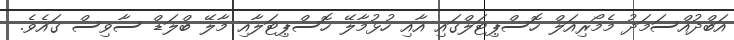
އަބްދުއްސަމަދު މެމޯރިއަލް ހޮސްޕިޓަލްގައި އާއި ހުޅުމާލޭ ހޮސްޕިޓަލާއި މާލޭ ބްލަޑް ސާވިސް ގައެވެ.